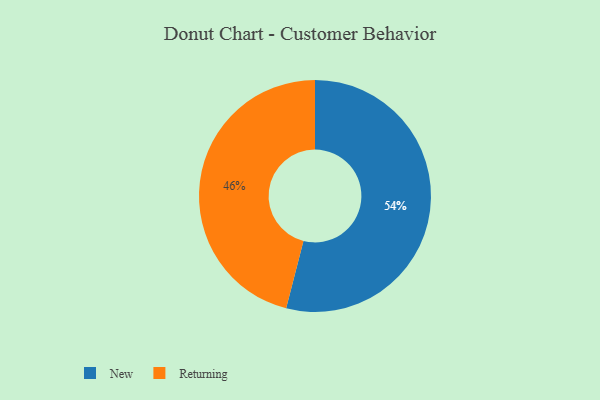
{"axis": {"x": "Category", "y": "Percentage"}, "legend": ["New", "Returning"], "data": [{"x": "Returning", "y": 46, "type": "Returning"}, {"x": "New", "y": 54, "type": "New"}]}